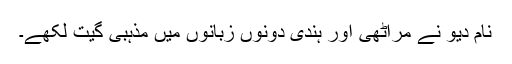
نام دیو نے مراٹھی اور ہندی دونوں زبانوں میں مذہبی گیت لکھے۔